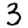
Digit: 3